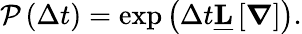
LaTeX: \begin{array}{r}{\mathcal{P}\left(\Delta t\right)=\exp\left(\Delta t\underline{{\mathbf{L}}}\left[\boldsymbol{\nabla}\right]\right)}\end{array}.